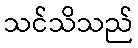
သင်သိသည်